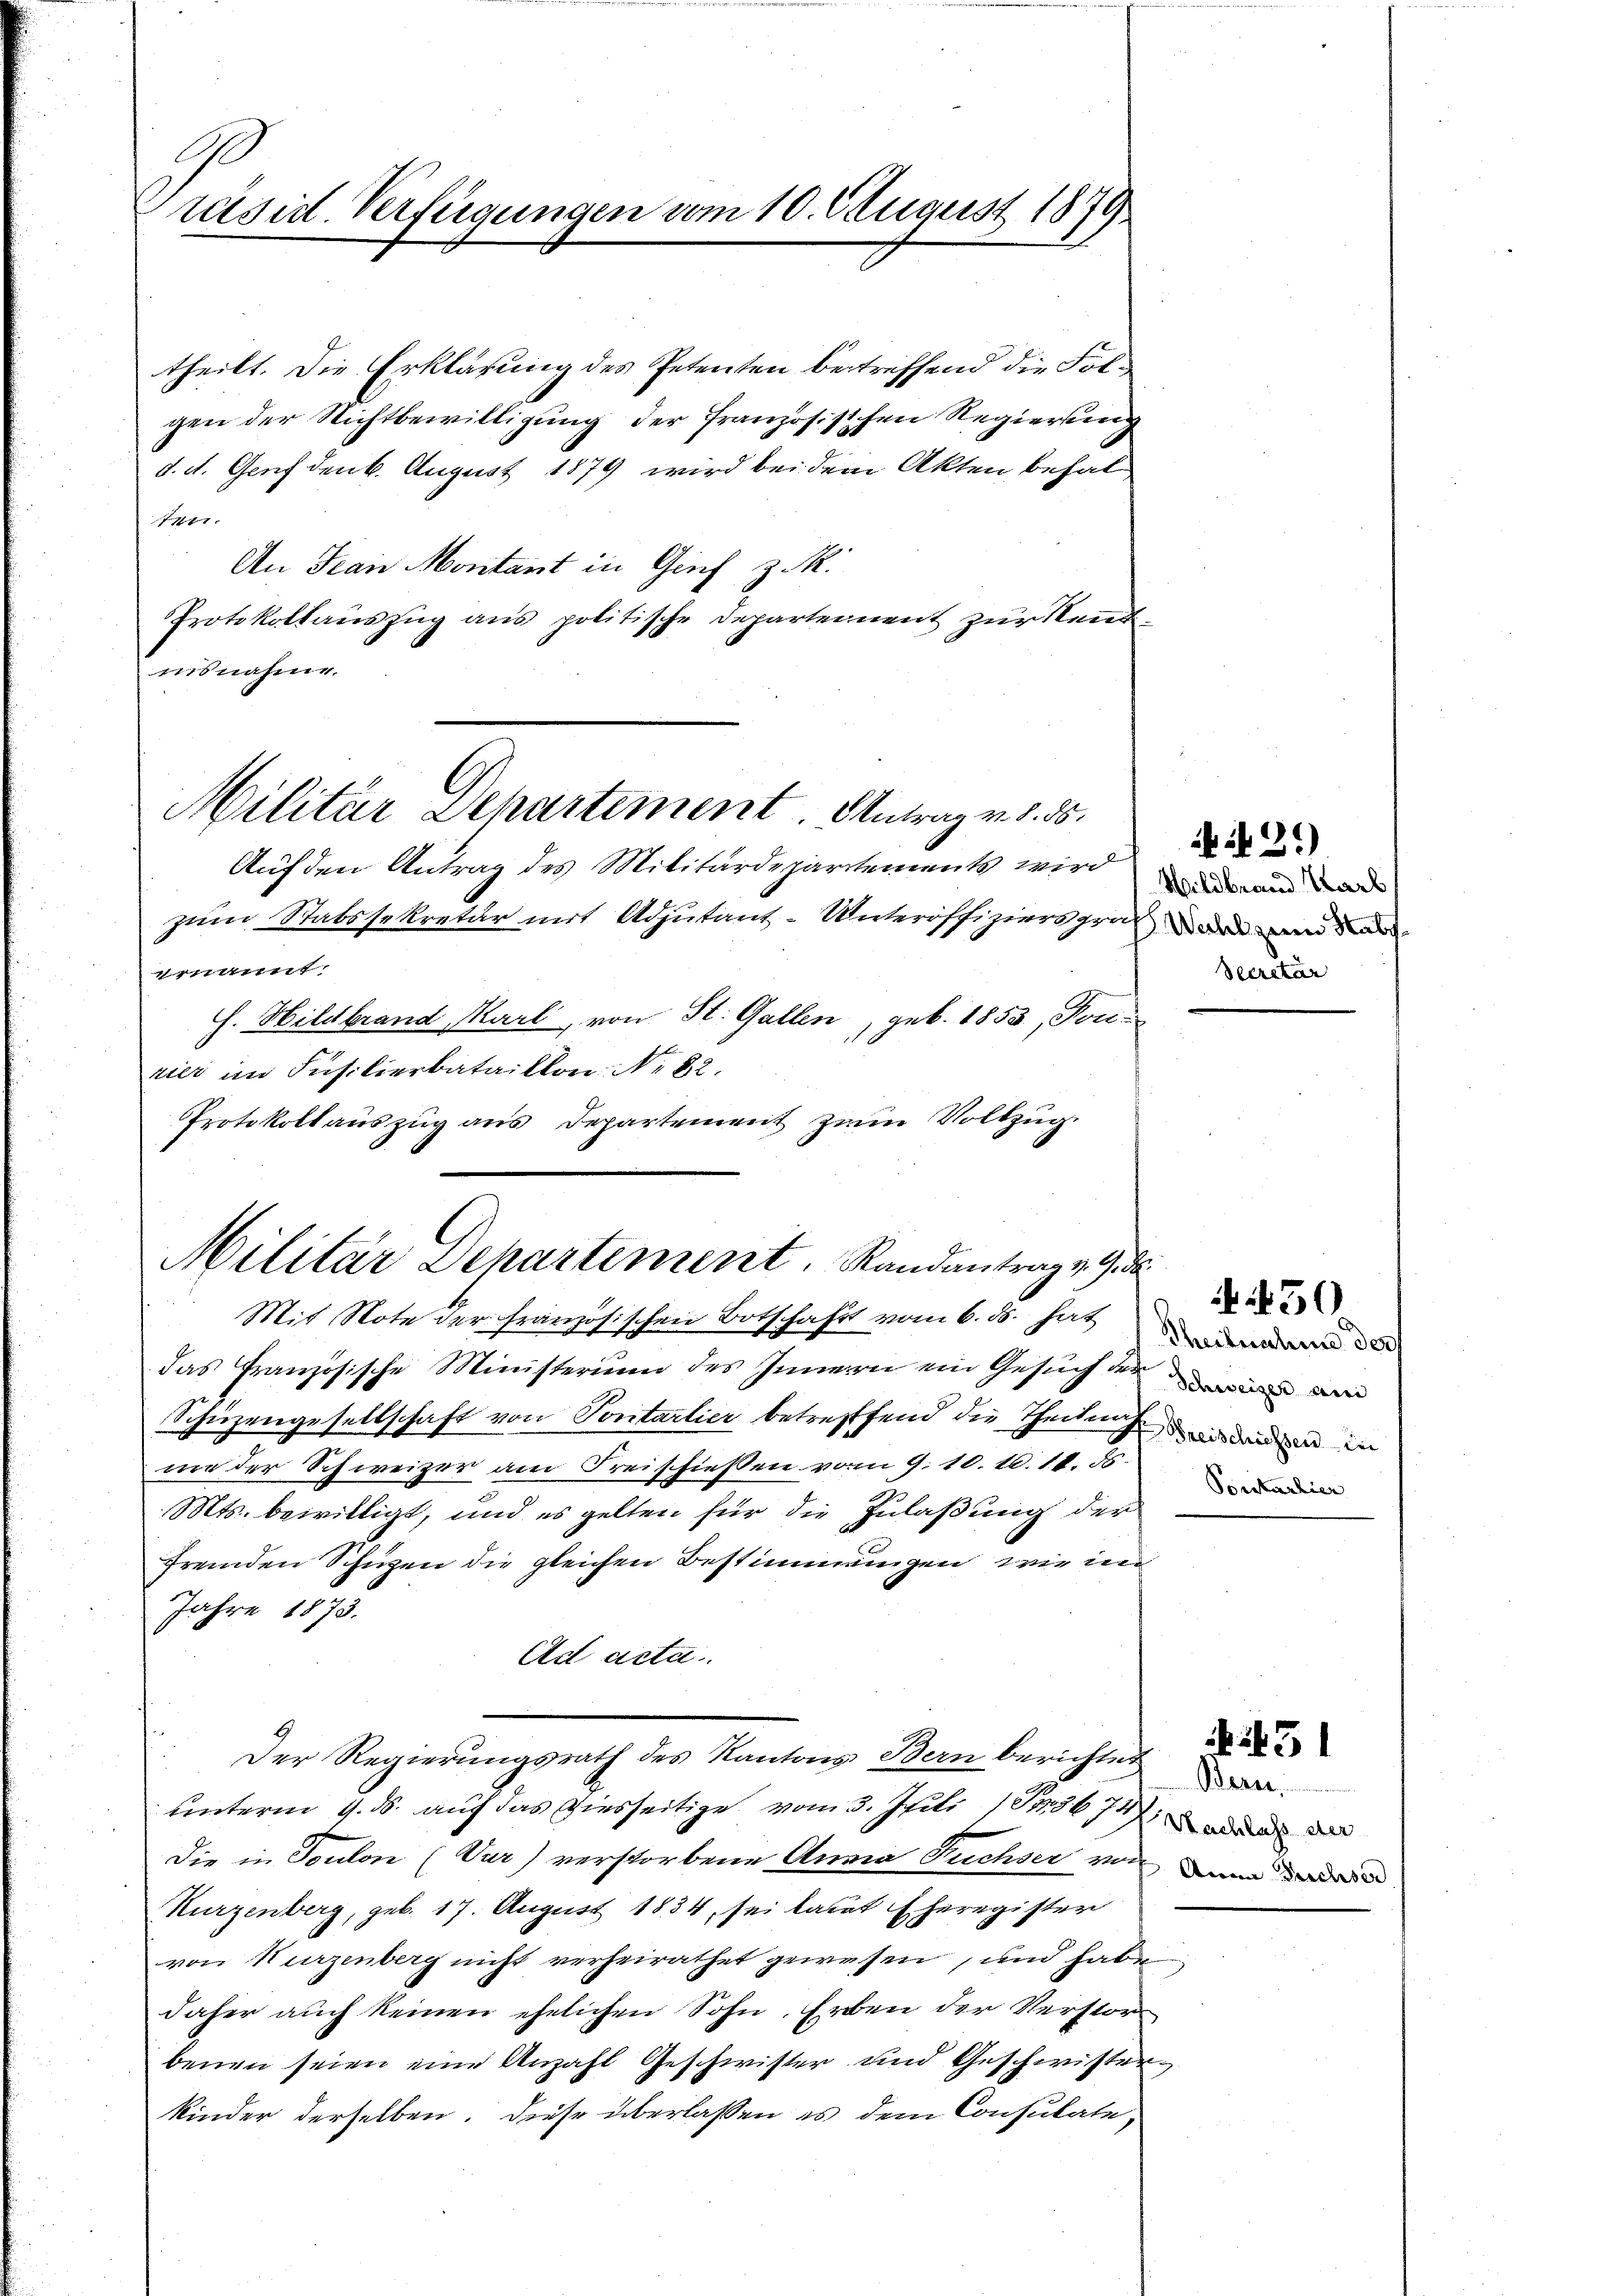
Ge
räsid. Verfügungen vom 10. August 1879

theilt. Die Erklärung des Petenten betreffend die Folgen der Nichtbewilligung der französischen Regierung
d. d. Genf den 6. August 1879 wird bei dem Akten behalten.
An Jean Montant in Genf z. R.
Protokollauszug aus politische Departement zur Kenntnisnahme.
Auf den Antrag des Militärdepartements wird
zum Statssekretär mit Adjutant-Unteroffiziers grade und da
ernannt.
H. Hildbrand Marl, von St. Gallen, geb. 1853, Ton-
zier im Insilierbataillon Nr. 82.
Protokollauszug aus Departement zum Vollzug.
Militär Departement. Randantrag v. 9. de
Mit Note der Französischen Botschaft vom 6. ds. hat
das Französische Ministerium des Innern ein Gesuch der in am
Schüzengesellschaft von Sontarlier betreffend die Theilung und in
me der Schweizer am Freischiessen vom 9. 10. 10. 18. ds
Mts. bewilligt, und es gelten für die Zulaßung der
fremden Schüzen die gleichen Bestimmungen, wie im
Jahre 1873.
Ad acta.
Der Regierungsrath des Kantons Bern berichtet
unterm 9. ds. auf das Diesseitige vom 3. Juli 184567 der de
Die in Toulon (Var) verstorbene Anna Fuchser von ein un
Murzenberg, geb. 17. August 1834, sei laut Eheregister
von Kurzenberg nicht verheirathet gewesen, und habe
daher auch keinen ehelichen Sohn. Erben der Verstor-
benen seien eine Anzahl Geschwister und Geschwister
kinder derselben. Diese überlassen es dem Consulate,

Militär Separtement Antrag v. 8. 55.

Wildbrand Karl
Secretär

it 2.)

Theilnahme der
Porstarlier

450

Berne.